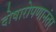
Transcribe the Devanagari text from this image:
दोषारोपणानंतर